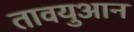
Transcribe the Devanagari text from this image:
तावयुआन